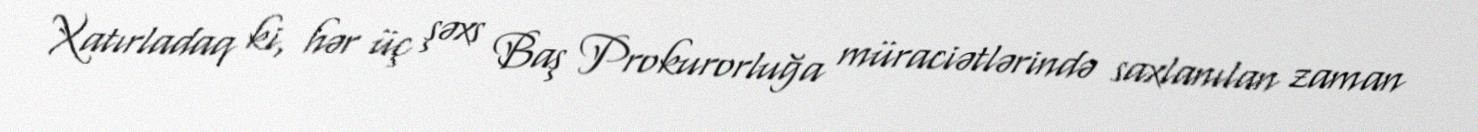
Xatırladaq ki, hər üç şəxs Baş Prokurorluğa müraciətlərində saxlanılan zaman